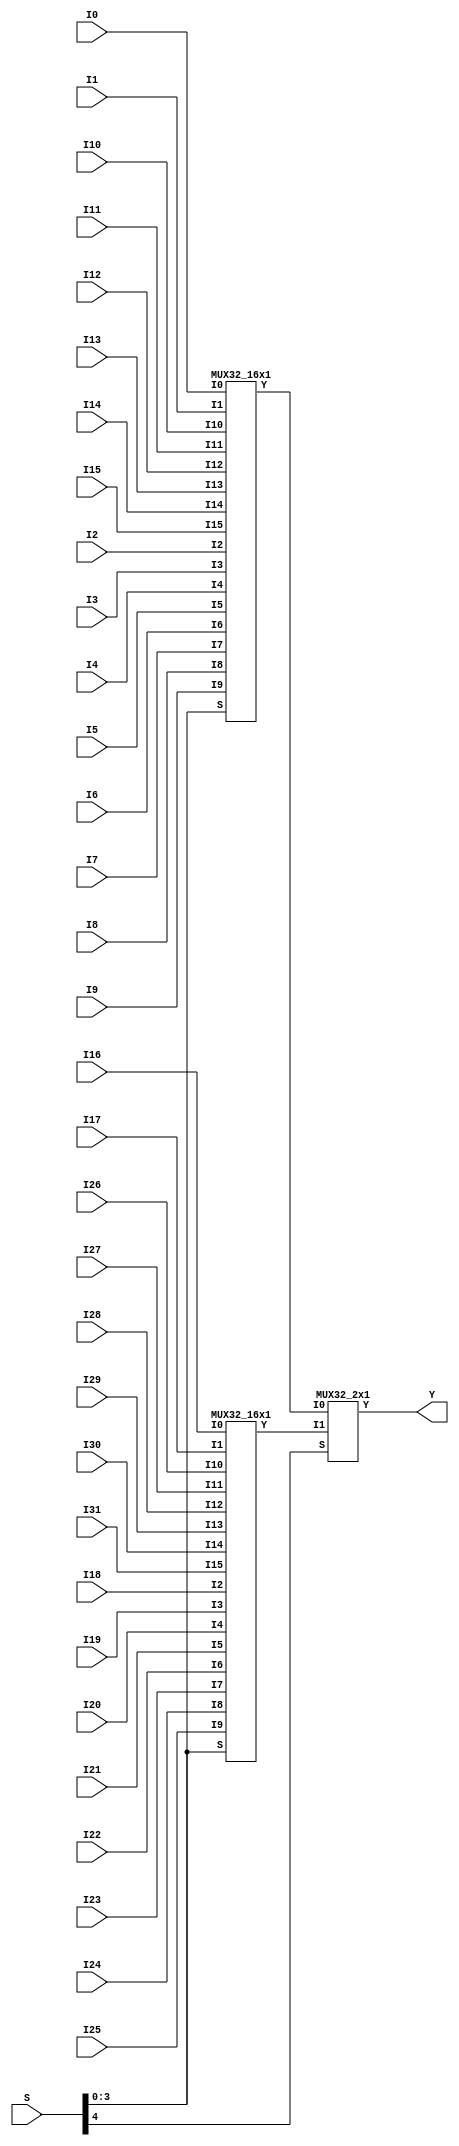
// Name: mux.v
// Module: 
// Input: 
// Output: 
//
// Notes: Common definitions
// 
//
// Revision History:
//
// Version	Date		Who		email			note
//------------------------------------------------------------------------------------------
//  1.0     Sep 02, 2014	Kaushik Patra	kpatra@sjsu.edu		Initial creation
//------------------------------------------------------------------------------------------
//
// 32-bit mux
module MUX32_32x1(Y, I0, I1, I2, I3, I4, I5, I6, I7,
                     I8, I9, I10, I11, I12, I13, I14, I15,
                     I16, I17, I18, I19, I20, I21, I22, I23,
                     I24, I25, I26, I27, I28, I29, I30, I31, S);
// output list
output [31:0] Y;
//input list
input [31:0] I0, I1, I2, I3, I4, I5, I6, I7;
input [31:0] I8, I9, I10, I11, I12, I13, I14, I15;
input [31:0] I16, I17, I18, I19, I20, I21, I22, I23;
input [31:0] I24, I25, I26, I27, I28, I29, I30, I31;
input [4:0] S;

wire [31:0] mux1;
wire [31:0] mux2;
wire [31:0] mux3;

MUX32_16x1 mux_inst1(.Y(mux1), .I0(I0), .I1(I1), .I2(I2), .I3(I3), .I4(I4), .I5(I5), .I6(I6), .I7(I7),
                     .I8(I8), .I9(I9), .I10(I10), .I11(I11), .I12(I12), .I13(I13), .I14(I14), .I15(I15), .S(S[3:0]));
MUX32_16x1 mux_inst2(.Y(mux2), .I0(I16), .I1(I17), .I2(I18), .I3(I19), .I4(I20), .I5(I21), .I6(I22), .I7(I23),
                     .I8(I24), .I9(I25), .I10(I26), .I11(I27), .I12(I28), .I13(I29), .I14(I30), .I15(I31), .S(S[3:0]));
MUX32_2x1 mux_inst3(.Y(Y), .I0(mux1), .I1(mux2), .S(S[4]));

endmodule

// 32-bit 16x1 mux
module MUX32_16x1(Y, I0, I1, I2, I3, I4, I5, I6, I7,
                     I8, I9, I10, I11, I12, I13, I14, I15, S);
// output list
output [31:0] Y;
//input list
input [31:0] I0;
input [31:0] I1;
input [31:0] I2;
input [31:0] I3;
input [31:0] I4;
input [31:0] I5;
input [31:0] I6;
input [31:0] I7;
input [31:0] I8;
input [31:0] I9;
input [31:0] I10;
input [31:0] I11;
input [31:0] I12;
input [31:0] I13;
input [31:0] I14;
input [31:0] I15;
input [3:0] S;

wire [31:0] mux1_S0;
wire [31:0] mux2_S0;
wire [31:0] mux3_S1;

MUX32_8x1 mux_inst1(.Y(mux1_S0), .I0(I0), .I1(I1), .I2(I2), .I3(I3), .I4(I4), .I5(I5), .I6(I6), .I7(I7), .S(S[2:0]));
MUX32_8x1 mux_inst2(.Y(mux2_S0), .I0(I8), .I1(I9), .I2(I10), .I3(I11), .I4(I12), .I5(I13), .I6(I14), .I7(I15), .S(S[2:0]));
MUX32_2x1 mux_inst3(.Y(Y), .I0(mux1_S0), .I1(mux2_S0), .S(S[3]));

endmodule

// 32-bit 8x1 mux
module MUX32_8x1(Y, I0, I1, I2, I3, I4, I5, I6, I7, S);
// output list
output [31:0] Y;
//input list
input [31:0] I0;
input [31:0] I1;
input [31:0] I2;
input [31:0] I3;
input [31:0] I4;
input [31:0] I5;
input [31:0] I6;
input [31:0] I7;
input [2:0] S;

wire [31:0] mux1_S0;
wire [31:0] mux2_S0;
wire [31:0] mux3_S1;

MUX32_4x1 mux_inst1(.Y(mux1_S0), .I0(I0), .I1(I1), .I2(I2), .I3(I3), .S(S[1:0]));
MUX32_4x1 mux_inst2(.Y(mux2_S0), .I0(I4), .I1(I5), .I2(I6), .I3(I7), .S(S[1:0]));
MUX32_2x1 mux_inst3(.Y(Y), .I0(mux1_S0), .I1(mux2_S0), .S(S[2]));


endmodule

// 32-bit 4x1 mux
module MUX32_4x1(Y, I0, I1, I2, I3, S);
// output list
output [31:0] Y;
//input list
input [31:0] I0;
input [31:0] I1;
input [31:0] I2;
input [31:0] I3;
input [1:0] S;

wire [31:0] mux1_S0;
wire [31:0] mux2_S0;
wire [31:0] mux3_S1;

MUX32_2x1 mux_inst1(.Y(mux1_S0), .I0(I0), .I1(I1), .S(S[0]));
MUX32_2x1 mux_inst2(.Y(mux2_S0), .I0(I2), .I1(I3), .S(S[0]));
MUX32_2x1 mux_inst3(.Y(Y), .I0(mux1_S0), .I1(mux2_S0), .S(S[1]));


endmodule

// 32-bit mux
module MUX32_2x1(Y, I0, I1, S);
// output list
output [31:0] Y;
//input list
input [31:0] I0;
input [31:0] I1;
input S;

wire notS;
wire [31:0] and1;
wire [31:0] and2;

genvar i;
not not_int1b(notS, S);

generate
for(i=0; i<32; i=i+1)
  begin
   MUX1_2x1 mux2x1_inst32(.Y(Y[i]), .I0(I0[i]), .I1(I1[i]), .S(S));
  end
endgenerate

endmodule

// 1-bit mux
module MUX1_2x1(Y,I0, I1, S);
//output list
output Y;
//input list
input I0, I1, S;

wire notS;
wire and1;
wire and2;

//not not_int1b(notS, S);
and and_1b_inst1(and1, I0, ~S);
and and_1b_inst2(and2, I1, S);
or or_1b_inst(Y, and1, and2);

endmodule

module MUX64_2x1(Y, I0, I1, S);
// output list
output [63:0] Y;
//input list
input [63:0] I0;
input [63:0] I1;
input S;

wire notS;
wire [63:0] and1;
wire [63:0] and2;

genvar i;
not not_int1b(notS, S);

generate
for(i=0; i<64; i=i+1)
  begin
   MUX1_2x1 mux2x1_inst32(.Y(Y[i]), .I0(I0[i]), .I1(I1[i]), .S(S));
  end
endgenerate

endmodule